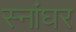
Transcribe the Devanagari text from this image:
स्नांघर